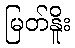
မြတ်နိူး